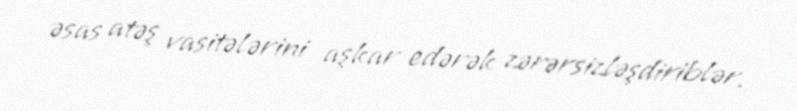
əsas atəş vasitələrini aşkar edərək zərərsizləşdiriblər.